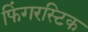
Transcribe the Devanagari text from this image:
फिंगरस्टिक